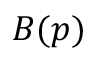
B ( p )